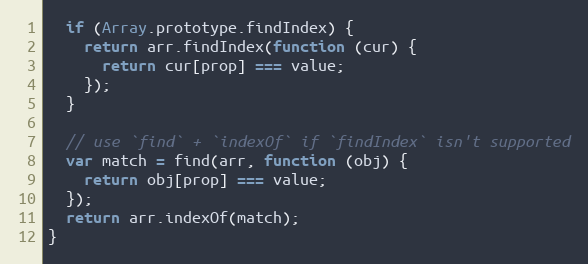
Language: JavaScript
  if (Array.prototype.findIndex) {
    return arr.findIndex(function (cur) {
      return cur[prop] === value;
    });
  }

  // use `find` + `indexOf` if `findIndex` isn't supported
  var match = find(arr, function (obj) {
    return obj[prop] === value;
  });
  return arr.indexOf(match);
}